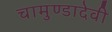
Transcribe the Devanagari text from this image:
चामुण्डादेवी